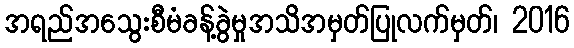
အရည်အသွေးစီမံခန့်ခွဲမှုအသိအမှတ်ပြုလက်မှတ်၊ 2016